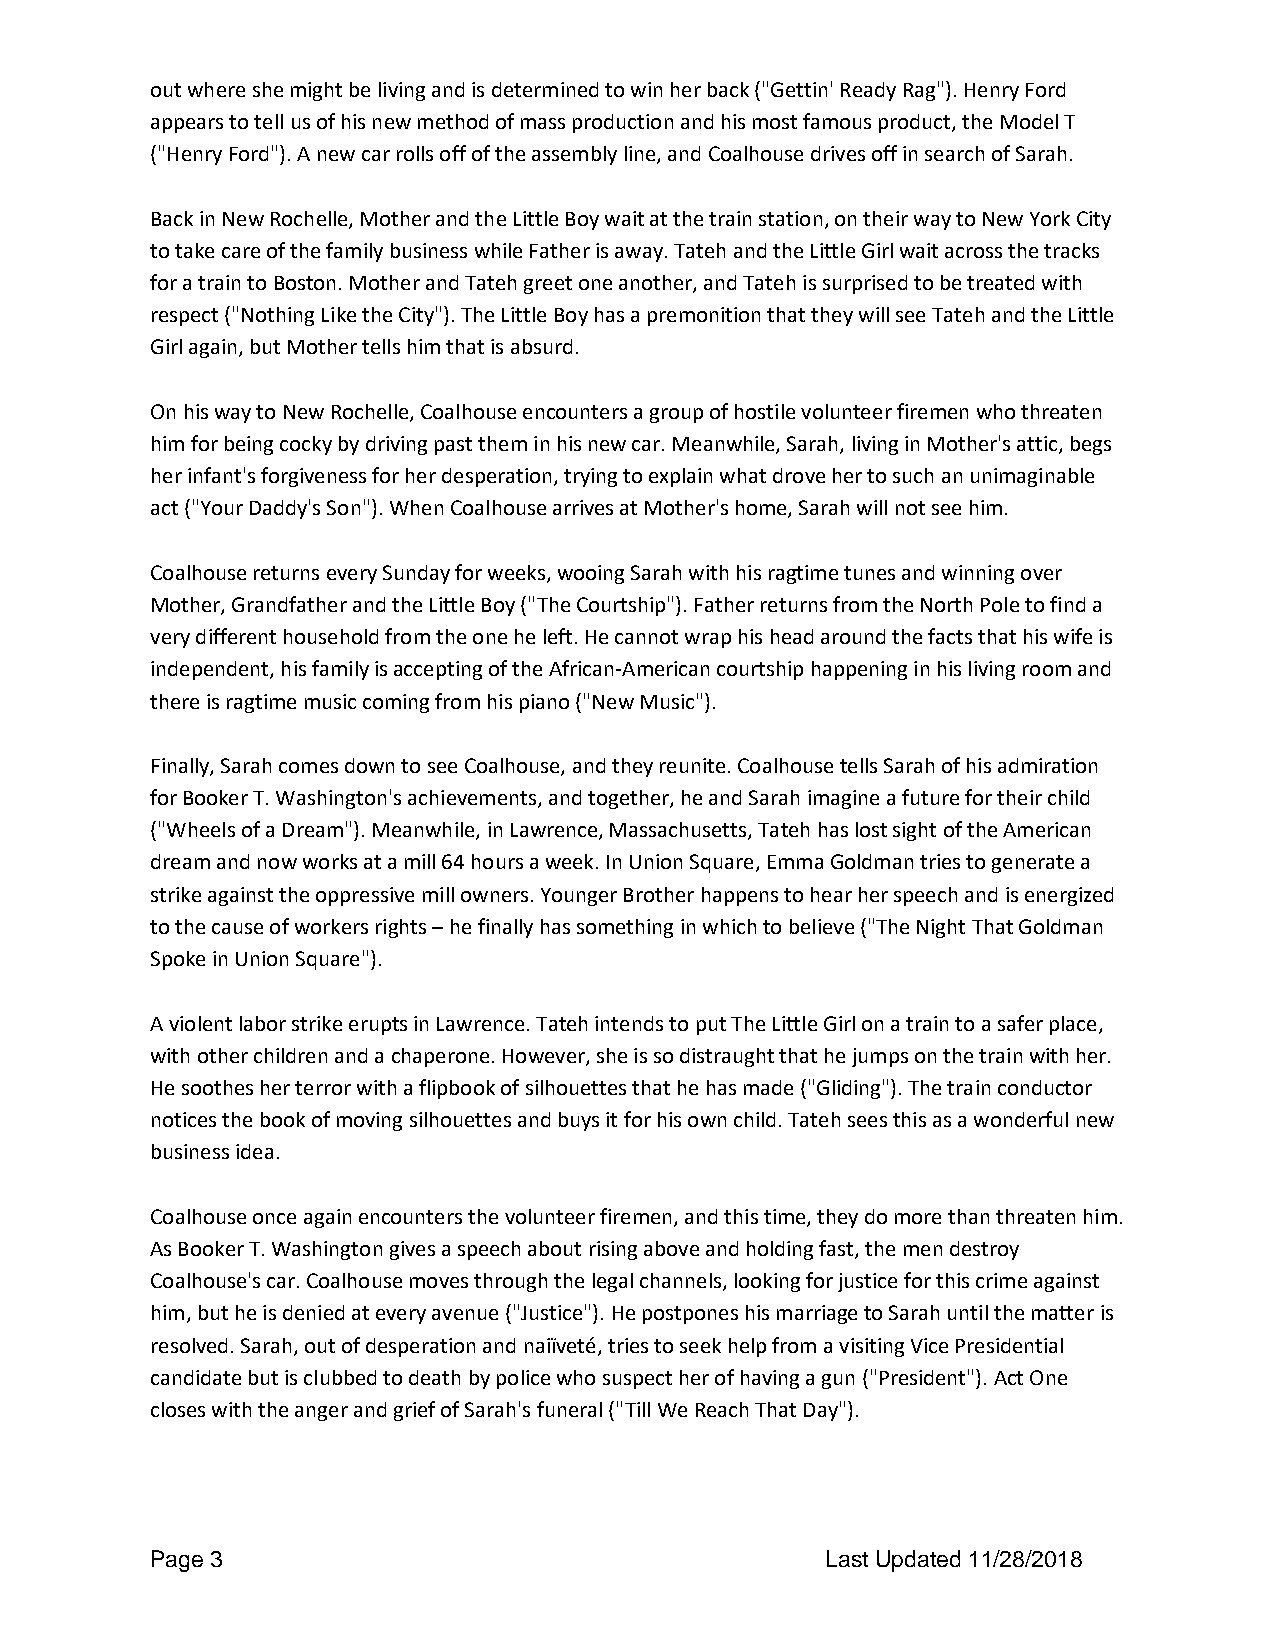
out where she might be living and is determined to win her back ("Gettin' Ready Rag"). Henry Ford
 appears to tell us of his new method of mass production and his most famous product, the Model T
 ("Henry Ford"). A new car rolls off of the assembly line, and Coalhouse drives off in search of Sarah.
 Back in New Rochelle, Mother and the Little Boy wait at the train station, on their way to New York City
 to take care of the family business while Father is away. Tateh and the Little Girl wait across the tracks
 for a train to Boston. Mother and Tateh greet one another, and Tateh is surprised to be treated with
 respect ("Nothing Like the City"). The Little Boy has a premonition that they will see Tateh and the Little
 Girl again, but Mother tells him that is absurd.
 On his way to New Rochelle, Coalhouse encounters a group of hostile volunteer firemen who threaten
 him for being cocky by driving past them in his new car. Meanwhile, Sarah, living in Mother's attic, begs
 her infant's forgiveness for her desperation, trying to explain what drove her to such an unimaginable
 act ("Your Daddy's Son"). When Coalhouse arrives at Mother's home, Sarah will not see him.
 Coalhouse returns every Sunday for weeks, wooing Sarah with his ragtime tunes and winning over
 Mother, Grandfather and the Little Boy ("The Courtship"). Father returns from the North Pole to find a
 very different household from the one he left. He cannot wrap his head around the facts that his wife is
 independent, his family is accepting of the African-American courtship happening in his living room and
 there is ragtime music coming from his piano ("New Music").
 Finally, Sarah comes down to see Coalhouse, and they reunite. Coalhouse tells Sarah of his admiration
 for Booker T. Washington's achievements, and together, he and Sarah imagine a future for their child
 ("Wheels of a Dream"). Meanwhile, in Lawrence, Massachusetts, Tateh has lost sight of the American
 dream and now works at a mill 64 hours a week. In Union Square, Emma Goldman tries to generate a
 strike against the oppressive mill owners. Younger Brother happens to hear her speech and is energized
 to the cause of workers rights – he finally has something in which to believe ("The Night That Goldman
 Spoke in Union Square").
 A violent labor strike erupts in Lawrence. Tateh intends to put The Little Girl on a train to a safer place,
 with other children and a chaperone. However, she is so distraught that he jumps on the train with her.
 He soothes her terror with a flipbook of silhouettes that he has made ("Gliding"). The train conductor
 notices the book of moving silhouettes and buys it for his own child. Tateh sees this as a wonderful new
 business idea.
 Coalhouse once again encounters the volunteer firemen, and this time, they do more than threaten him.
 As Booker T. Washington gives a speech about rising above and holding fast, the men destroy
 Coalhouse's car. Coalhouse moves through the legal channels, looking for justice for this crime against
 him, but he is denied at every avenue ("Justice"). He postpones his marriage to Sarah until the matter is
 resolved. Sarah, out of desperation and naiïveté, tries to seek help from a visiting Vice Presidential
 candidate but is clubbed to death by police who suspect her of having a gun ("President"). Act One
 closes with the anger and grief of Sarah's funeral ("Till We Reach That Day").
 Page 3                                       Last Updated 11/28/2018